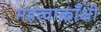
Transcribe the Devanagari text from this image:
महत्वाकाँक्षी